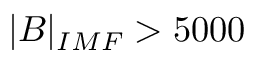
| B | _ { I M F } > 5 0 0 0